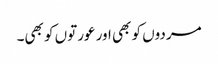
مردوں کو بھی اور عورتوں کو بھی۔